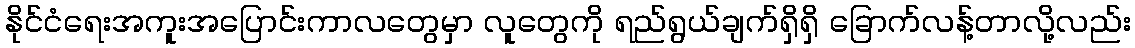
နိုင်ငံရေးအကူးအပြောင်းကာလတွေမှာ လူတွေကို ရည်ရွယ်ချက်ရှိရှိ ခြောက်လန့်တာလို့လည်း